Report on vaccination in Madras 1877-1894 - 1877-1894
Year: 1877
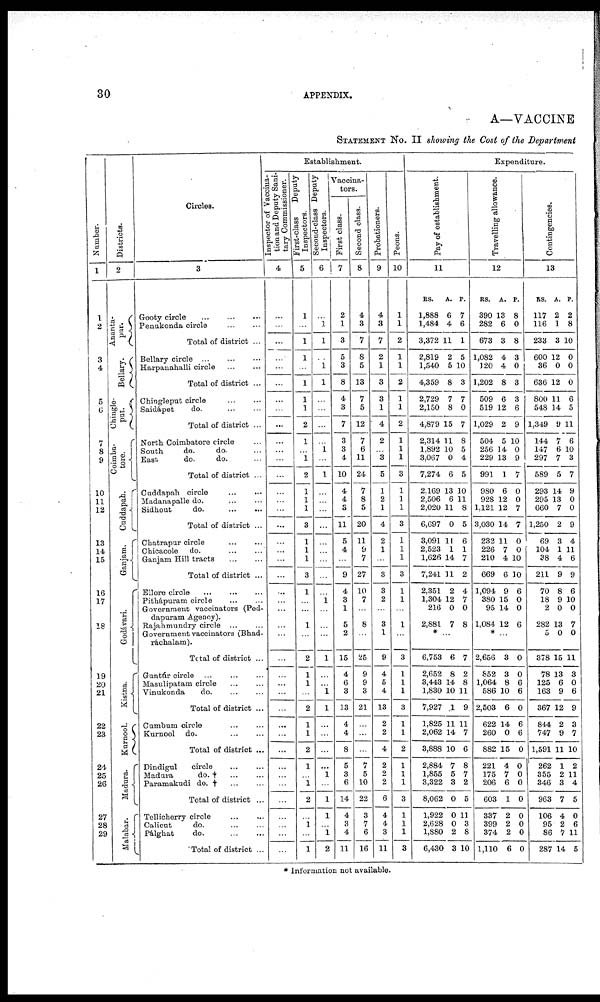
30
APPENDIX.
A—VACCINE
STATEMENT No. II showing the Cost of the Department
Number.
1
1
2
3
4
5
6
7
8
9
10
11
12
13
14
15
16
17
18
19
20
21
22
23
24
25
26
27
28
29
Districts.
2
Ananta-
pur.
Bellary.
Chingle-
put.
Coimba-
tore.
Cuddapah.
Ganjam.
Godávari.
Kistna.
Kurnool.
Madura.
Malabar.
Circles.
3
Gooty circle
...
...
...
Penukonda circle
...
...
Total of district ...
Bellary circle
...
...
...
Harpanahalli circle
...
...
Total of district ...
Chingleput circle
...
...
Saidápet
do.
...
...
Total of district ...
North Coimbatore circle ...
South
do.
do. ...
East.
do.
do. ...
Total of district ...
Caddapah circle
...
...
Madanapalle do. ... ...
Sidhout
do.
...
...
Total of district ...
Chatrapur circle ... ...
Chicacole do.
...
...
Ganjam Hill tracts
...
...
Total of district ...
Ellore circle
...
...
...
Pithápuram circle
...
...
Government vaccinators (Ped-
dapuram Agency).
Rajahmundry circle
...
...
Government vaccinators (Bhad-
ráchalam).
Total of district ...
Guntúr circle ... ... ...
Masulipatam circle ... ... ...
Vinukonda
do
...
...
Total of district ...
Cumbum circle ... ...
Kurnool do.
...
...
Total of district ...
Dindigul
circle
...
...
Madura
do. † ... ...
Paramakudi do. †
...
...
Total of district ...
Tellicherry circle
...
...
Calicut
do. ... ...
Pálghat
do.
...
...
Total of district ...
Establishment.
Inspector of Vaccina-
tion and Deputy Sani-
tary Commissioner.
4
...
...
...
...
...
...
...
...
...
...
...
...
...
...
...
...
...
...
...
...
...
...
...
...
...
...
...
...
...
...
...
...
...
...
...
...
...
...
...
...
...
...
First-class
Deputy
Inspectors.
5
1
...
1
1
...
1
1
1
2
1
...
1
2
1
1
1
3
1
1
1
3
1
...
...
1
...
2
1
1
...
2
1
1
2
1
...
1
2
...
1
...
1
Second-class Deputy
Inspectors.
6
...
1
1
...
1
1
...
...
...
...
1
...
1
...
...
...
...
...
...
...
...
...
1
...
...
...
1
...
...
1
1
...
...
...
...
1
...
1
1
...
1
2
Vaccina-
tors.
First class.
7
2
1
3
5
3
8
4
3
7
3
3
4
10
4
4
3
11
5
4
...
9
4
3
1
5
2
15
4
6
3
13
4
4
8
5
3
6
14
4
3
4
11
Second class.
8
4
3
7
8
5
13
7
5
12
7
6
11
24
7
8
5
20
11
9
7
27
10
7
...
8
...
25
9
9
3
21
...
...
...
7
5
10
22
3
7
6
16
Probationers.
9
4
3
7
2
1
3
3
1
4
2
...
3
5
1
2
1
4
2
1
...
3
3
2
...
3
1
9
4
5
4
13
2
2
4
2
2
2
6
4
4
3
11
Peons.
10
1
1
2
1
1
2
1
1
2
1
1
1
3
1
1
1
3
1
1
1
3
1
1
...
1
...
3
1
1
1
3
1
1
2
1
1
1
3
1
1
1
3
Expenditure.
Pay of establishment.
11
RS.
1,888
1,484
3,372
2,819
1,540
4,359
2,729
2,150
4,879
2,314
1,892
3,067
7,274
2,169
2,506
2,020
6,697
3,091
2,523
1,626
7,241
2,351
1,304
216
2,881
A.
6
4
11
2
5
8
7
8
15
11
10
0
6
13
6
11
0
11
1
14
11
2
12
0
7
P.
7
6
1
5
10
3
7
0
7
8
5
4
5
10
11
8
5
6
1
7
2
4
7
0
8
*...
6,753
2,652
3,443
1,830
7,927
1,825
2,062
3,888
2,884
1,855
3,322
8,062
1,922
2,628
1,880
6,430
6
8
14
10
1
11
14
10
7
5
3
0
0
0
2
3
7
2
8
11
9
11
7
6
8
7
2
5
11
3
8
10
Travelling allowance.
12
RS.
390
282
673
1,082
120
1,202
509
519
1,029
504
256
229
991
980
928
1,121
3,030
232
226
210
669
1,094
380
95
1,084
A.
13
6
3
4
4
8
6
12
2
5
14
13
1
6
12
12
14
11
7
4
6
9
15
14
12
P.
8
0
8
3
0
3
3
6
9
10
0
9
7
0
0
7
7
0
0
10
10
6
0
0
6
*...
2,656
852
1,064
586
2,503
622
260
882
221
175
206
603
337
399
374
1,110
3
3
8
10
6
14
0
15
4
7
6
1
2
2
2
6
0
0
6
6
0
6
6
0
0
0
0
0
0
0
0
0
Contingencies.
13
RS.
117
116
233
600
36
636
800
548
1,349
144
147
297
589
293
295
660
1,250
69
104
38
211
70
18
2
282
5
378
78
125
163
367
844
747
1,591
262
355
346
963
106
95
86
287
A.
2
1
3
12
0
12
11
14
9
7
6
7
5
14
13
7
2
3
1
4
9
8
9
0
13
0
15
13
6
9
12
2
9
11
1
2
3
7
4
2
7
14
P.
2
8
10
0
0
0
6
5
11
6
10
3
7
9
0
0
9
4
11
6
9
6
10
0
7
0
11
3
0
6
9
3
7
10
2
11
4
5
0
6
11
5
* Information not available.